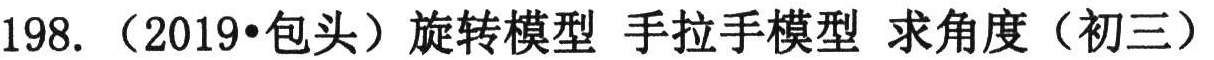
198. （2019•包头）旋转模型 手拉手模型 求角度（初三）